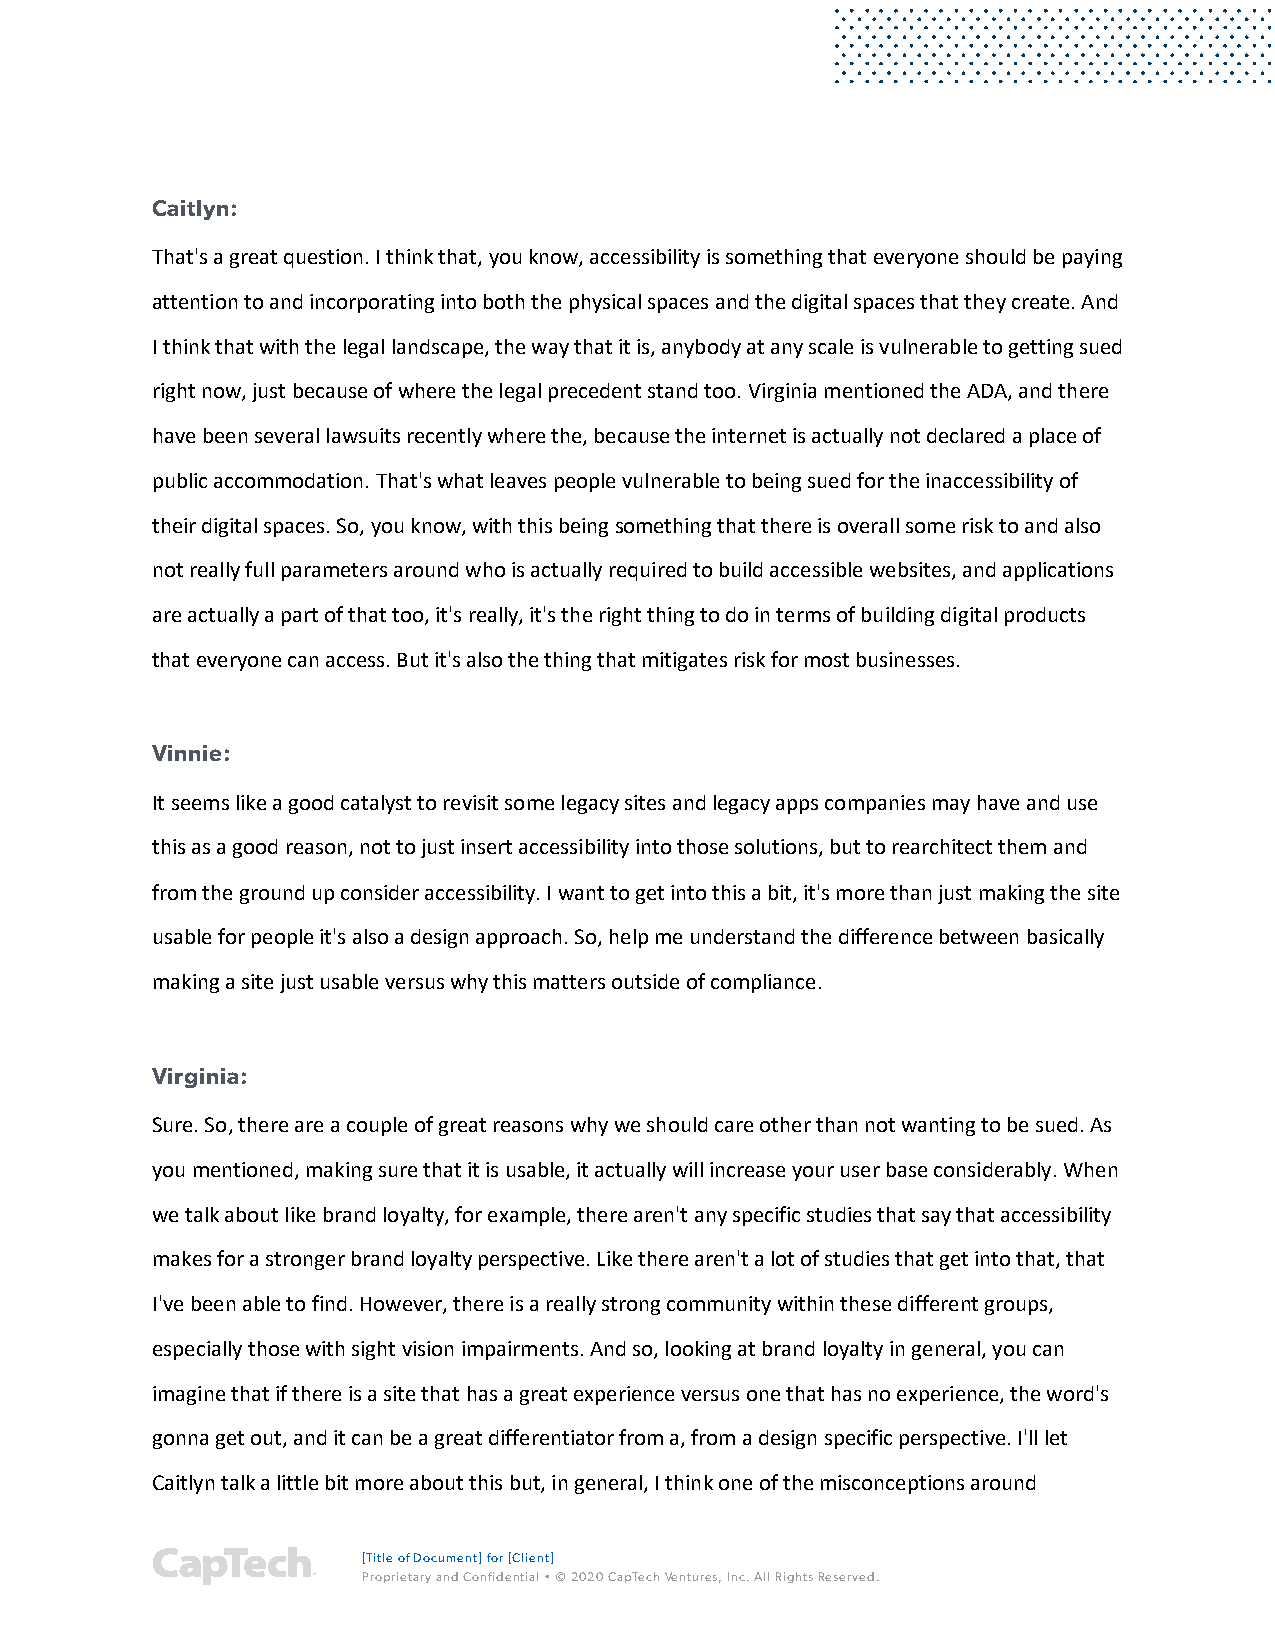
Caitlyn:
 That's a great question. I think that, you know, accessibility is something that everyone should be paying
 attention to and incorporating into both the physical spaces and the digital spaces that they create. And
 I think that with the legal landscape, the way that it is, anybody at any scale is vulnerable to getting sued
 right now, just because of where the legal precedent stand too. Virginia mentioned the ADA, and there
 have been several lawsuits recently where the, because the internet is actually not declared a place of
 public accommodation. That's what leaves people vulnerable to being sued for the inaccessibility of
 their digital spaces. So, you know, with this being something that there is overall some risk to and also
 not really full parameters around who is actually required to build accessible websites, and applications
 are actually a part of that too, it's really, it's the right thing to do in terms of building digital products
 that everyone can access. But it's also the thing that mitigates risk for most businesses.
 Vinnie:
 It seems like a good catalyst to revisit some legacy sites and legacy apps companies may have and use
 this as a good reason, not to just insert accessibility into those solutions, but to rearchitect them and
 from the ground up consider accessibility. I want to get into this a bit, it's more than just making the site
 usable for people it's also a design approach. So, help me understand the difference between basically
 making a site just usable versus why this matters outside of compliance.
 Virginia:
 Sure. So, there are a couple of great reasons why we should care other than not wanting to be sued. As
 you mentioned, making sure that it is usable, it actually will increase your user base considerably. When
 we talk about like brand loyalty, for example, there aren't any specific studies that say that accessibility
 makes for a stronger brand loyalty perspective. Like there aren't a lot of studies that get into that, that
 I've been able to find. However, there is a really strong community within these different groups,
 especially those with sight vision impairments. And so, looking at brand loyalty in general, you can
 imagine that if there is a site that has a great experience versus one that has no experience, the word's
 gonna get out, and it can be a great differentiator from a, from a design specific perspective. I'll let
 Caitlyn talk a little bit more about this but, in general, I think one of the misconceptions around
 [Title of Document] for [Client]
 Proprietary and Confidential • © 2020 CapTech Ventures, Inc. All Rights Reserved.